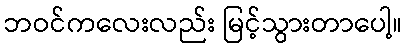
ဘဝင်ကလေးလည်း မြင့်သွားတာပေါ့။